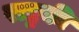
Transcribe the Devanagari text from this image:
राष्ट्रकी